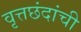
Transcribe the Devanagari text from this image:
वृत्तछंदांची